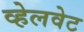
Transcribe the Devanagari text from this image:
व्हेलवेट